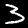
Label: 3